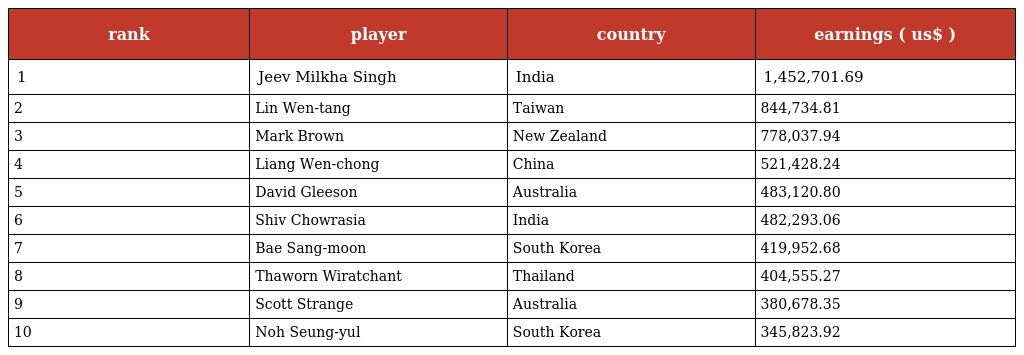
| rank | player | country | earnings ( us$ ) |
 | --- | --- | --- | --- |
 | 1 | Jeev Milkha Singh | India | 1,452,701.69 |
 | 2 | Lin Wen-tang | Taiwan | 844,734.81 |
 | 3 | Mark Brown | New Zealand | 778,037.94 |
 | 4 | Liang Wen-chong | China | 521,428.24 |
 | 5 | David Gleeson | Australia | 483,120.80 |
 | 6 | Shiv Chowrasia | India | 482,293.06 |
 | 7 | Bae Sang-moon | South Korea | 419,952.68 |
 | 8 | Thaworn Wiratchant | Thailand | 404,555.27 |
 | 9 | Scott Strange | Australia | 380,678.35 |
 | 10 | Noh Seung-yul | South Korea | 345,823.92 |